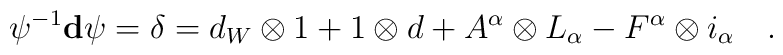
\psi^{-1} \mathbf{d} \psi = \delta = d_W \otimes 1 + 1\otimes d+ A^\alpha \otimes L_\alpha - F^\alpha \otimes i_\alpha\quad.